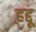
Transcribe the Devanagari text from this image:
हद्दू